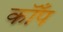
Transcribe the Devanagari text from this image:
कॉँप